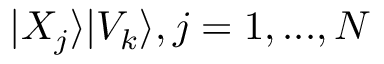
| X _ { j } \rangle | V _ { k } \rangle , j = 1 , . . . , N